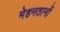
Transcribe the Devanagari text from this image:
मेहनतानों